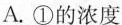
A.①的浓度